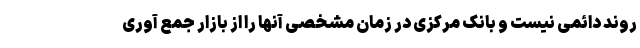
روند دائمی نیست و بانک مرکزی در زمان مشخصی آنها را از بازار جمع آوری